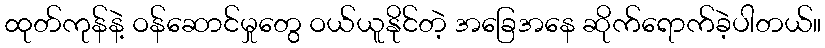
ထုတ်ကုန်နဲ့ ဝန်ဆောင်မှုတွေ ဝယ်ယူနိုင်တဲ့ အခြေအနေ ဆိုက်ရောက်ခဲ့ပါတယ်။